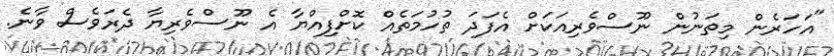
"އަހަރެން މިތަނުން ނޫސްވެރިއަކަށް އެފަދަ ތުހުމަތެއް ކޮށްފިއްޔާ އެ ނޫސްވެރިޔާ ދެރަވެސް ވާނެ.